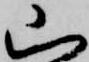
山